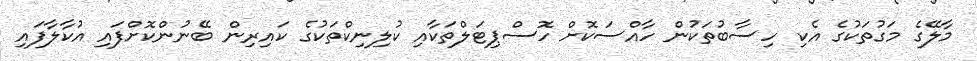
މާލޭގެ މަގުތަކުގެ އެކި ހިސާބުތަކުން ހާއްސަކޮށް ހޮސްޕިޓަލްތަކާއި ކުލިނިކްތަކުގެ ކައިރިން ބޭނުންކޮށްފައި އުކާލާފައި